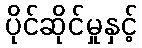
ပိုင်ဆိုင်မှုနှင့်